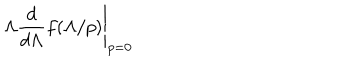
\Lambda \frac { d } { d \Lambda } f ( \Lambda / p ) \Bigg | _ { p = 0 }